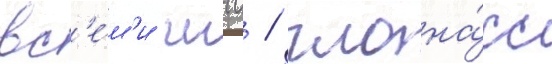
вс'е́м'и гнсс / глона́сс